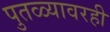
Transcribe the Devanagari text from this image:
पुतळ्यावरही